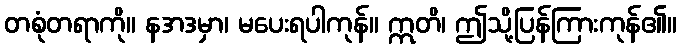
တစုံတရာကို။ နအဒမှာ၊ မပေးရပါကုန်။ ဣတိ၊ ဤသို့ပြန်ကြားကုန်၏။